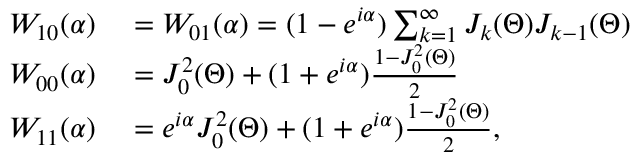
\centering \begin{array} { r l } { W _ { 1 0 } ( \alpha ) } & { { } = W _ { 0 1 } ( \alpha ) = ( 1 - e ^ { i \alpha } ) \sum _ { k = 1 } ^ { \infty } J _ { k } ( \Theta ) J _ { k - 1 } ( \Theta ) } \\ { W _ { 0 0 } ( \alpha ) } & { { } = J _ { 0 } ^ { 2 } ( \Theta ) + ( 1 + e ^ { i \alpha } ) \frac { 1 - J _ { 0 } ^ { 2 } ( \Theta ) } { 2 } } \\ { W _ { 1 1 } ( \alpha ) } & { { } = e ^ { i \alpha } J _ { 0 } ^ { 2 } ( \Theta ) + ( 1 + e ^ { i \alpha } ) \frac { 1 - J _ { 0 } ^ { 2 } ( \Theta ) } { 2 } , } \end{array}